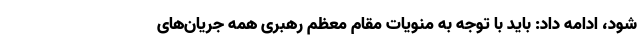
شود، ادامه داد: باید با توجه به منویات مقام معظم رهبری همه جریان‌های